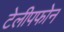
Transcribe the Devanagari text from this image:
टेलीपफोन